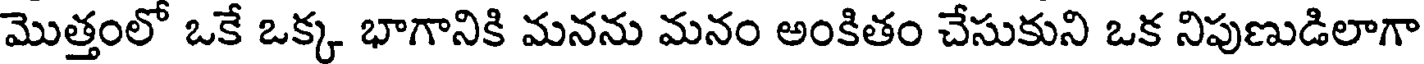
మొత్తంలో ఒకే ఒక్క భాగానికి మనను మనం అంకితం చేసుకుని ఒక నిపుణుడిలాగా